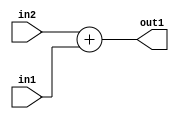
`timescale 1ps / 1ps
/*****************************************************************************
    Verilog RTL Description
    
    
    Created by: Stratus DpOpt 21.05.01 
*******************************************************************************/

module dut_Add_5Ux5U_6U_4 (
	in2,
	in1,
	out1
	); /* architecture "behavioural" */ 
input [4:0] in2,
	in1;
output [5:0] out1;
wire [5:0] asc001;

assign asc001 = 
	+(in2)
	+(in1);

assign out1 = asc001;
endmodule

/* CADENCE  urj1SQ4= : u9/ySxbfrwZIxEzHVQQV8Q== ** DO NOT EDIT THIS LINE ******/